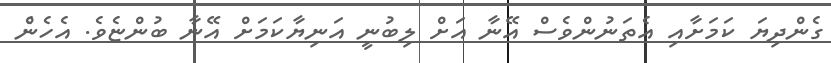
ގެންދިޔަ ކަމަށާއި އެތަނުންވެސް އޭނާ އަށް ލިބުނީ އަނިޔާކަމަށް އޭނާ ބުންޏެވެ. އެހެނެް